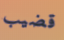
قضيب